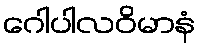
ဂေါပါလဝိမာနံ